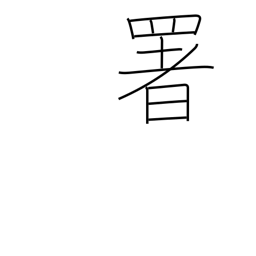
Meaning: govt office